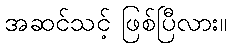
အဆင်သင့် ဖြစ်ပြီလား။